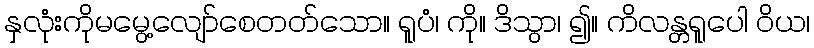
နှလုံးကိုမမွေ့လျော်စေတတ်သော။ ရူပံ၊ ကို။ ဒိသွာ၊ ၍။ ကိလန္တရူပေါ ဝိယ၊